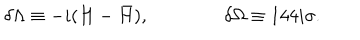
\delta \Lambda \equiv - i ( H - { \bar { H } } ) , \qquad \qquad \delta \Omega \equiv 1 4 4 i \sigma .